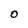
Character: O